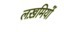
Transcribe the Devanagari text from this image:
लख़मियों